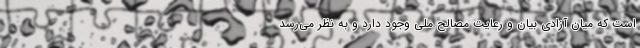
است که میان آزادی بیان و رعایت مصالح ملی وجود دارد و به نظر می‌رسد